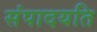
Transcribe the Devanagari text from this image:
संपादयति